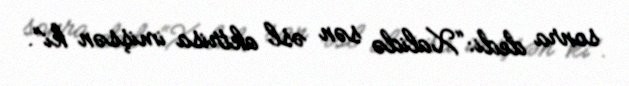
sonra dedi: “Xalidə sən əsl aktrisa imişsən ki”.